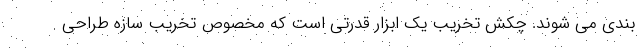
بندی می شوند. چکش تخریب یک ابزار قدرتی است که مخصوص تخریب سازه طراحی